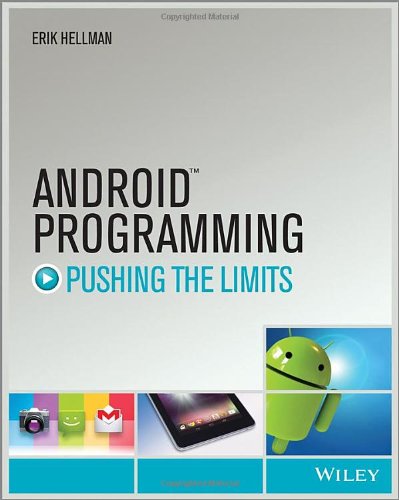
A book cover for Android Programming: Pushing the Limits; Erik Hellman; Computers & Technology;